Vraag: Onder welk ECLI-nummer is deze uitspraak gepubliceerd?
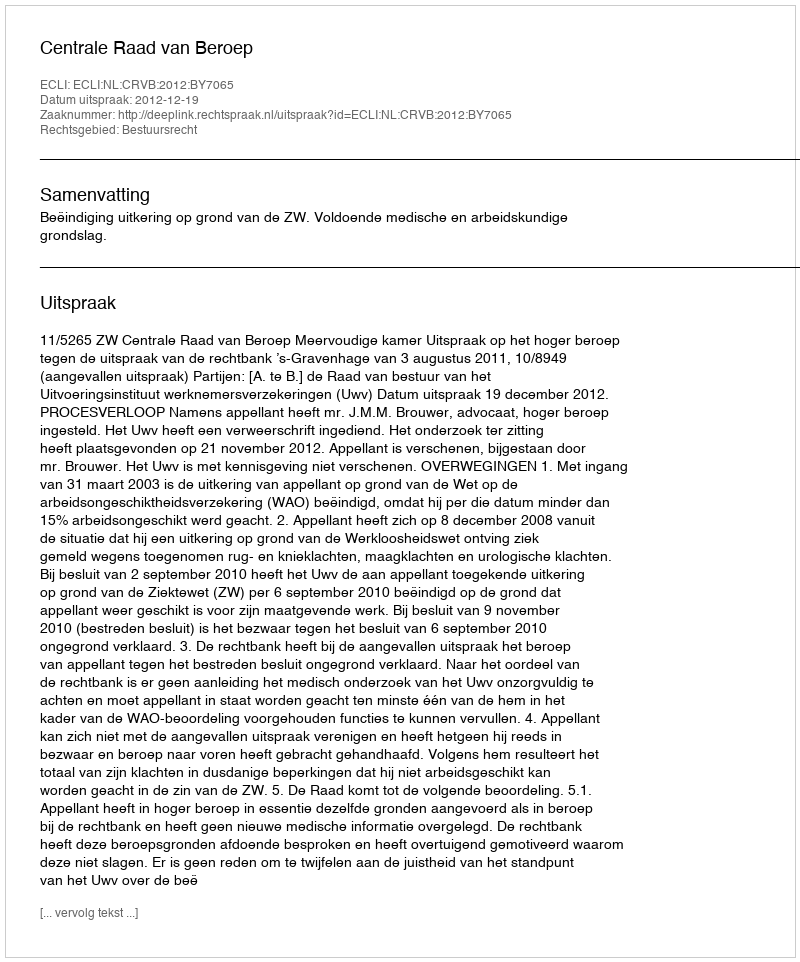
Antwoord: ECLI:NL:CRVB:2012:BY7065